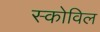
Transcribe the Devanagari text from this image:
स्कोविल